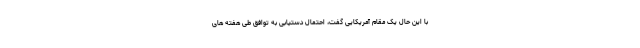
با این حال یک مقام آمریکایی گفت، احتمال دستیابی به توافق طی هفته های